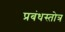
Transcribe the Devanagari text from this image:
प्रबंधस्तोत्र